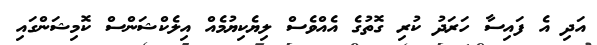
އަދި އެ ފައިސާ ހަރަދު ކުރި ގޮތުގެ އެއްވެސް ލިޔެކިޔުމެއް އިލެކްޝަންސް ކޮމިޝަންގައި